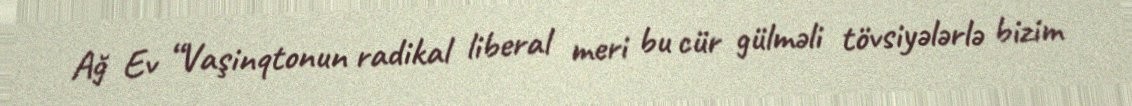
Ağ Ev “Vaşinqtonun radikal liberal meri bu cür gülməli tövsiyələrlə bizim